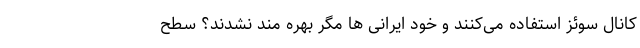
کانال سوئز استفاده می‌کنند و خود ایرانی ها مگر بهره مند نشدند؟ سطح